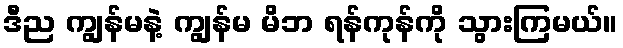
ဒီည ကျွန်မနဲ့ ကျွန်မ မိဘ ရန်ကုန်ကို သွားကြမယ်။